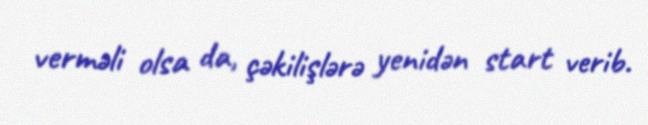
verməli olsa da, çəkilişlərə yenidən start verib.